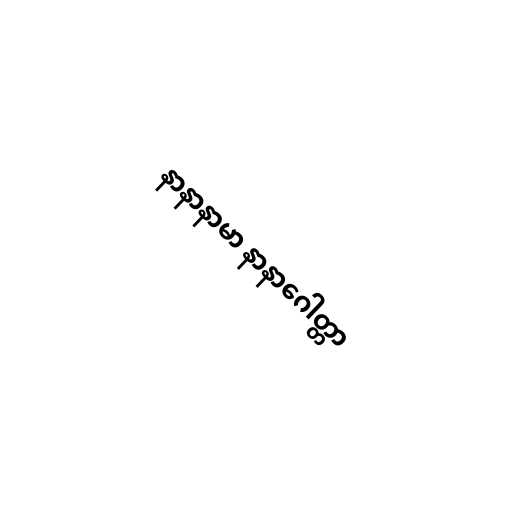
နာနာနာမာ နာနာဂေါတ္တာ